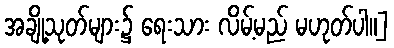
အချို့သုတ်များ၌ ရေးသား လိမ့်မည် မဟုတ်ပါ။]